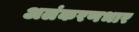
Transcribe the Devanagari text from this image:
अलंकरणभार